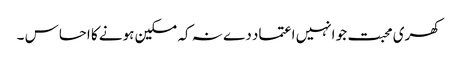
کھری محبت جو انہیں اعتماد دے نہ کہ مسکین ہونے کا احساس ۔